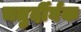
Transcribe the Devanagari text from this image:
चतुर्दीर्घक